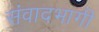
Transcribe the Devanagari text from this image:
संवादभागी